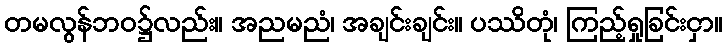
တမလွန်ဘဝ၌လည်း။ အညမညံ၊ အချင်းချင်း။ ပဿိတုံ၊ ကြည့်ရှုခြင်းငှာ။